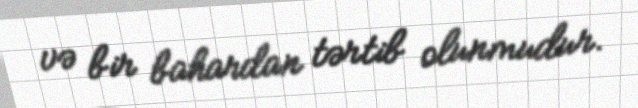
və bir bahardan tərtib olunmudur.